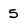
Character: 5